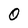
Character: 0